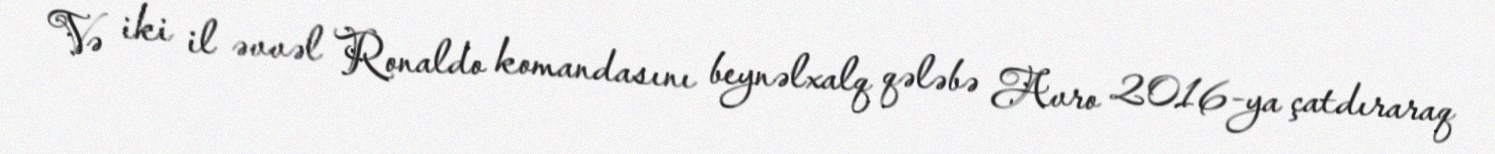
Və iki il əvvəl Ronaldo komandasını beynəlxalq qələbə Avro 2016-ya çatdıraraq